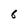
Character: 6